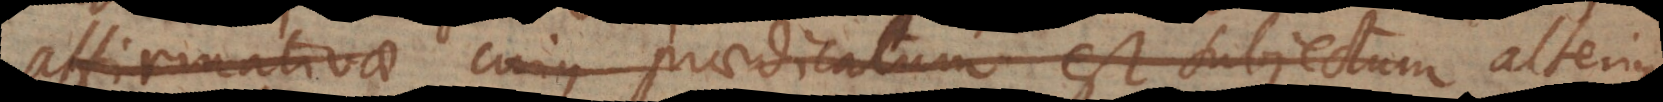
firmativae cujus praedicatum est subjectum alterius